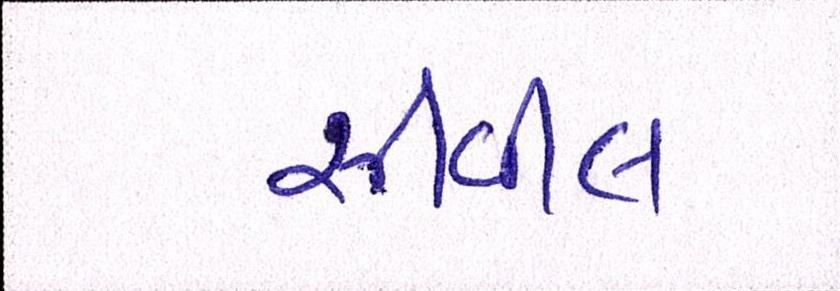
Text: સીવીલ